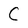
Character: C